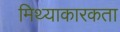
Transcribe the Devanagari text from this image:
मिथ्याकारकता